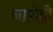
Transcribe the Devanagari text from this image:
नाणेही